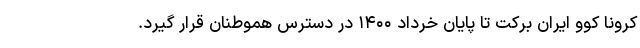
کرونا کوو ایران برکت تا پایان خرداد ۱۴۰۰ در دسترس هموطنان قرار گیرد.